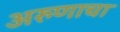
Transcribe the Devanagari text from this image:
अरुणाचा